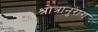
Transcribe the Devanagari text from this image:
श्रोत्रानुराग